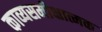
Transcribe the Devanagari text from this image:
काव्यसमीक्षात्मक